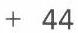
+ 44